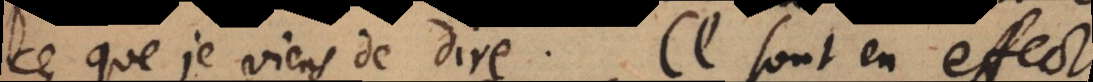
ce que je viens de dire. Ce sont en effect